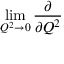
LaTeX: \operatorname * { l i m } _ { Q ^ { 2 } \to { 0 } } \frac { \partial } { \partial { Q ^ { 2 } } }